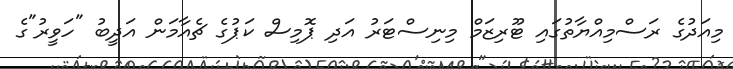
މިއަދުގެ ރަސްމިއްޔާތުގައި ޓޫރިޒަމް މިނިސްޓަރު އަދި ޕޮމިސް ކަޕުގެ ޗެއާމަން އަދީބު "ހަވީރު"ގެ